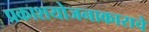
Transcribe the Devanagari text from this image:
प्रकाशयोजनाकाराचे